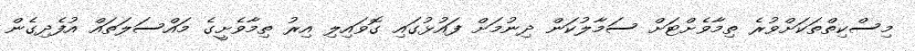
މިސްކިތްތަކަށްވުރެ ތިމާވެށްޓަށް ސަމާލުކަން ދިނުމަށް ފައުޅުގައި ގޮވައިލި އިރު ތިމާވެށީގެ މައްސަލަތައް އުފެދިގެން